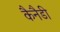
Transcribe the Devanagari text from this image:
कैनैडी